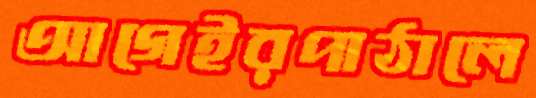
আগেইরপাঠালে